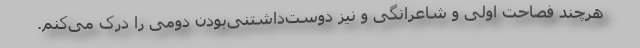
هرچند فصاحت اولی و شاعرانگی و نیز دوست‌داشتنی‌بودن دومی را درک می‌کنم.